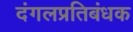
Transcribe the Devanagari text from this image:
दंगलप्रतिबंधक